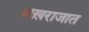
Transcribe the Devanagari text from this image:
अख़राजात